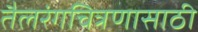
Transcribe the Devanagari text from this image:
तैलरंगचित्रणासाठी